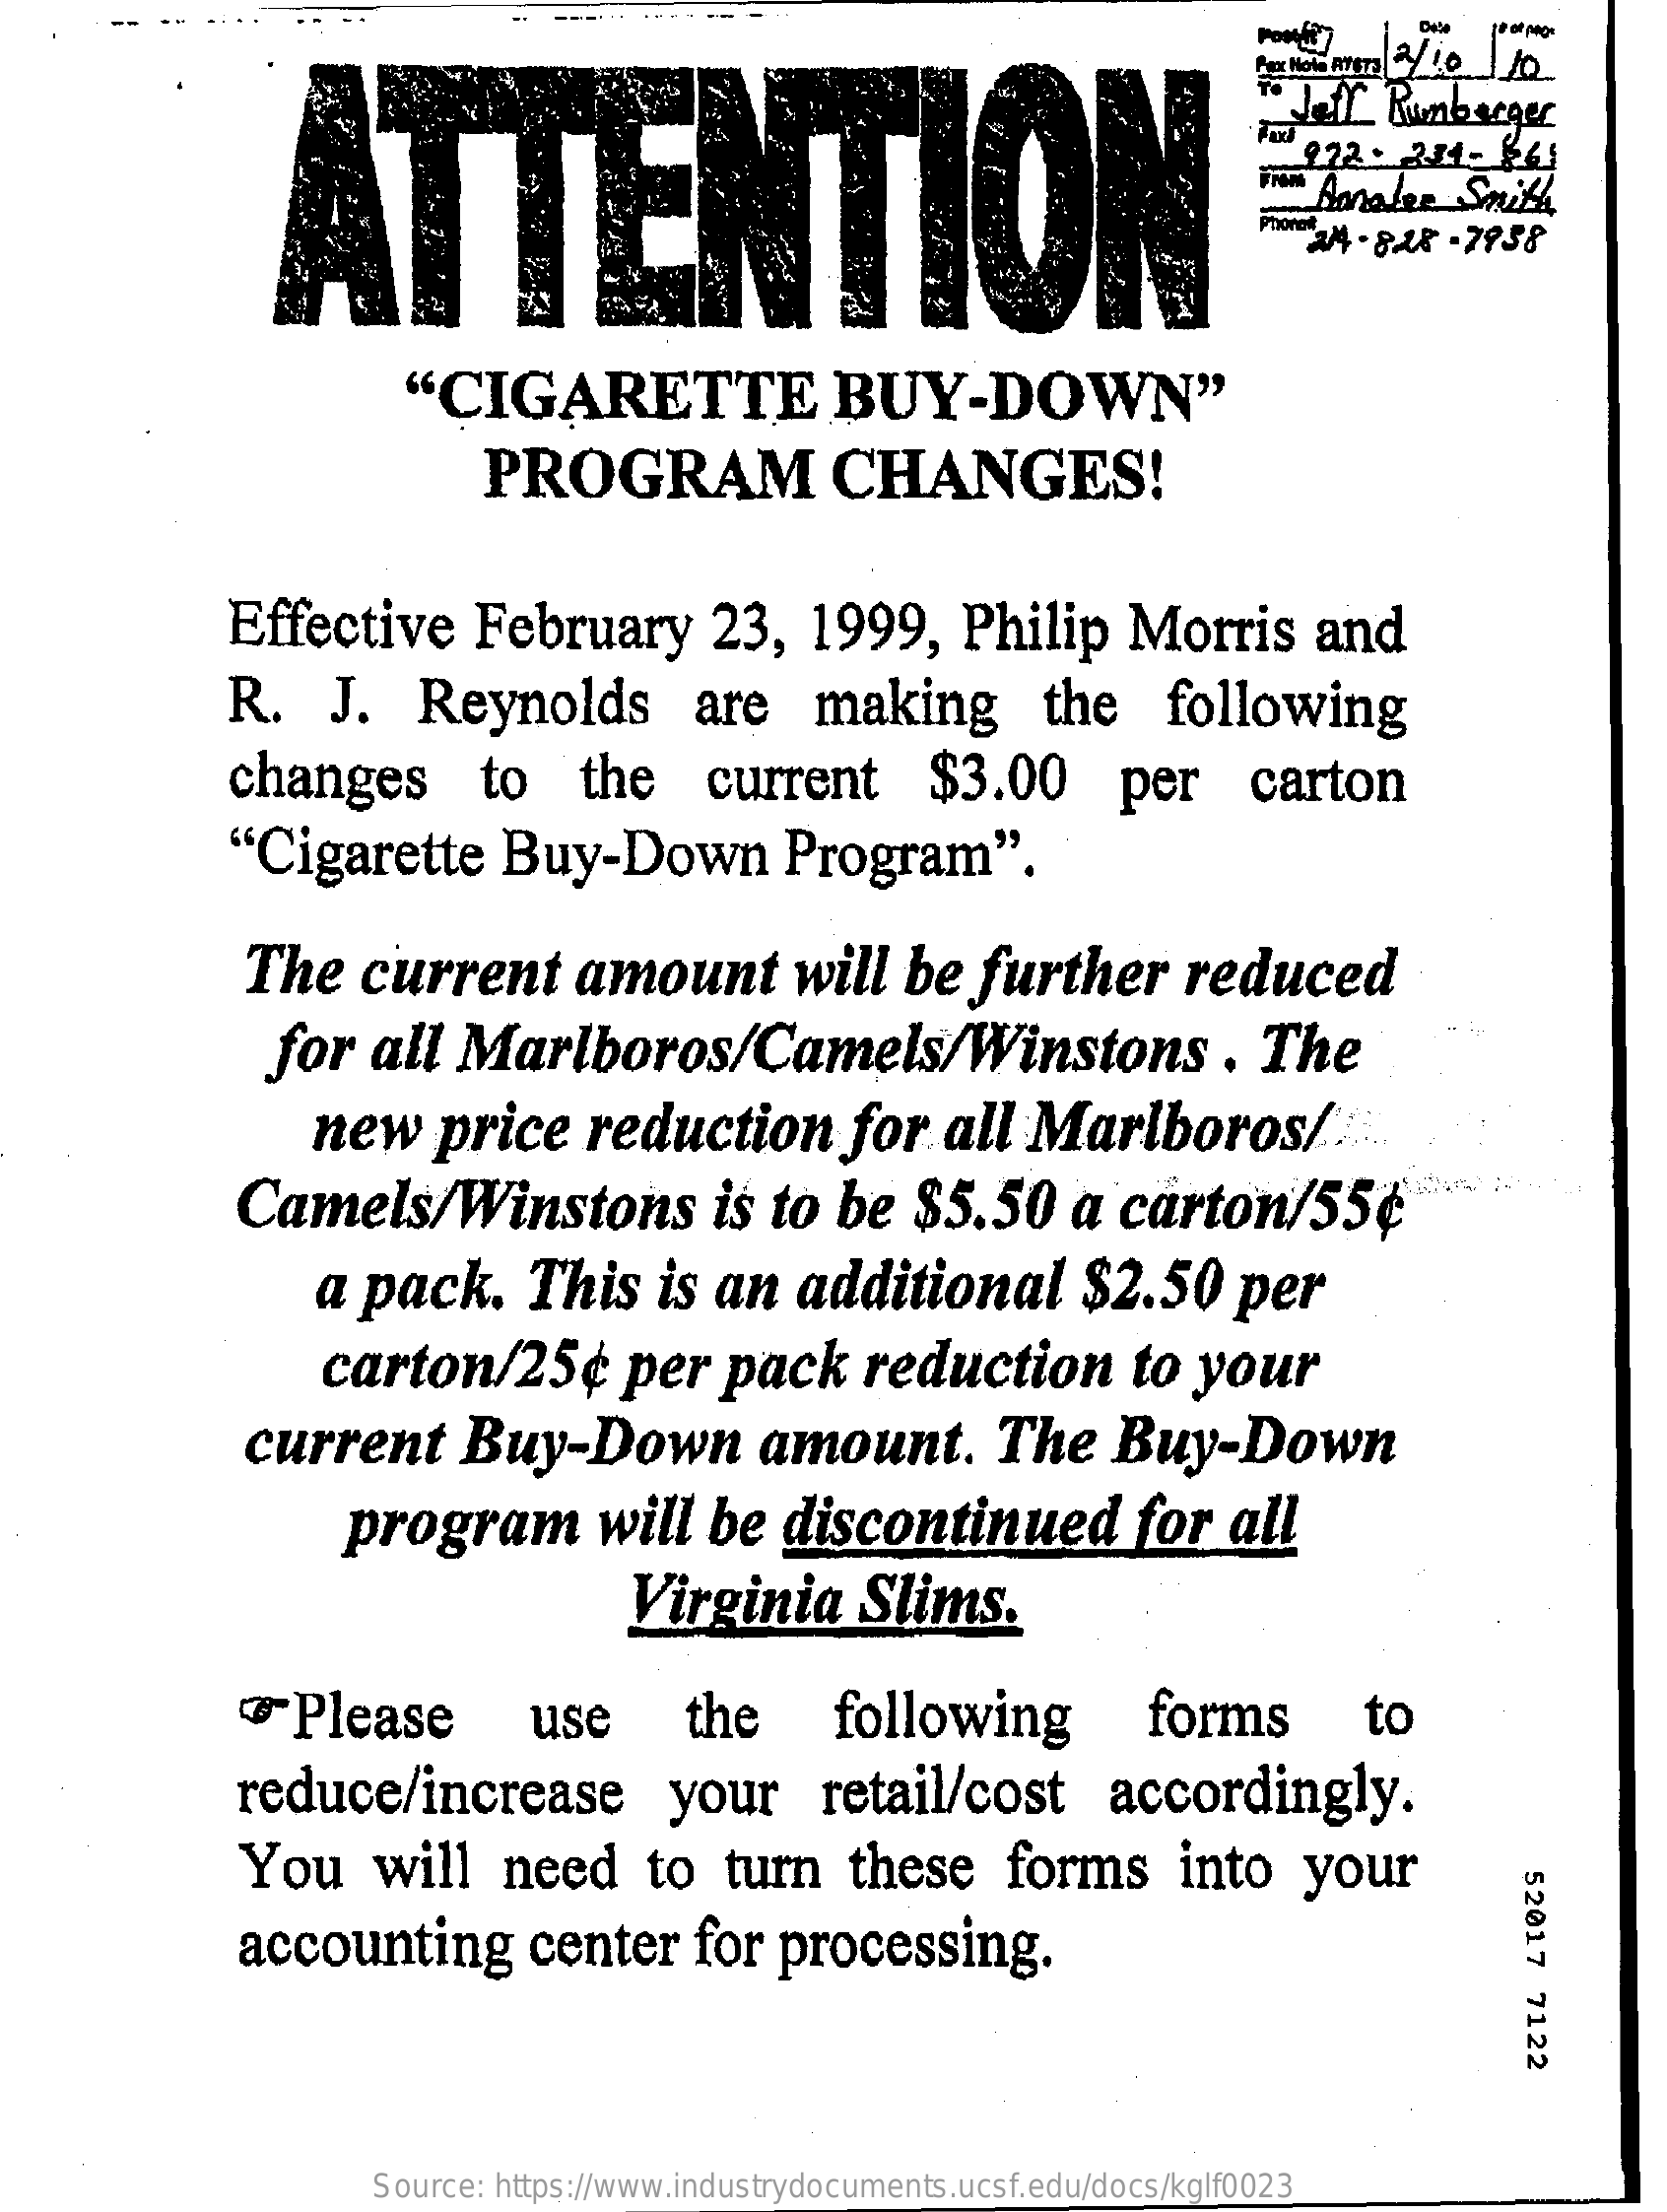
---- --
     ATTENTION
     Jell  Riumberger
     922 - 234-  661
     Amalee    Smith
     24 - BAR -7958
     "CIGARETTE    BUY-DOWN"
     PROGRAM    CHANGES!
     Effective    February    23,    1999,    Philip    Morris    and
     R.   J.    Reynolds    are    making    the    following
     changes    to    the    current    $3.00    per    carton
     "Cigarette    Buy-Down    Program".
     The    current    amount    will   be  further    reduced
     for   all   Marlboros/Camels/Winstons    .  The
     new    price    reduction    for    all  Marlboros/
     Camels/Winstons    is to  be   $5.50    a  carton/55¢
     a pack.    This    is an    additional    $2.50    per
     carton/25¢    per   pack    reduction    to   your
     current    Buy-Down    amount.    The    Buy-Down
     program    will   be   discontinued    for   all
     Virginia    Slims.
     Please    use    the    following    forms    to
     reduce/increase    your    retail/cost    accordingly.
     You    will    need    to   turn    these    forms    into    your
     52017
     7122
     accounting    center    for   processing.
     Source: https://www.industrydocuments.ucsf.edu/docs/kglf0023